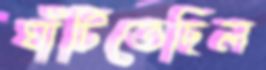
ঘাঁটিতেছিল